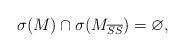
LaTeX: \begin{align*}\sigma(M)\cap\sigma(M_{\overline S\overline S})=\varnothing,\end{align*}